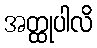
အတ္ထုပါလိ